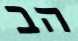
הב